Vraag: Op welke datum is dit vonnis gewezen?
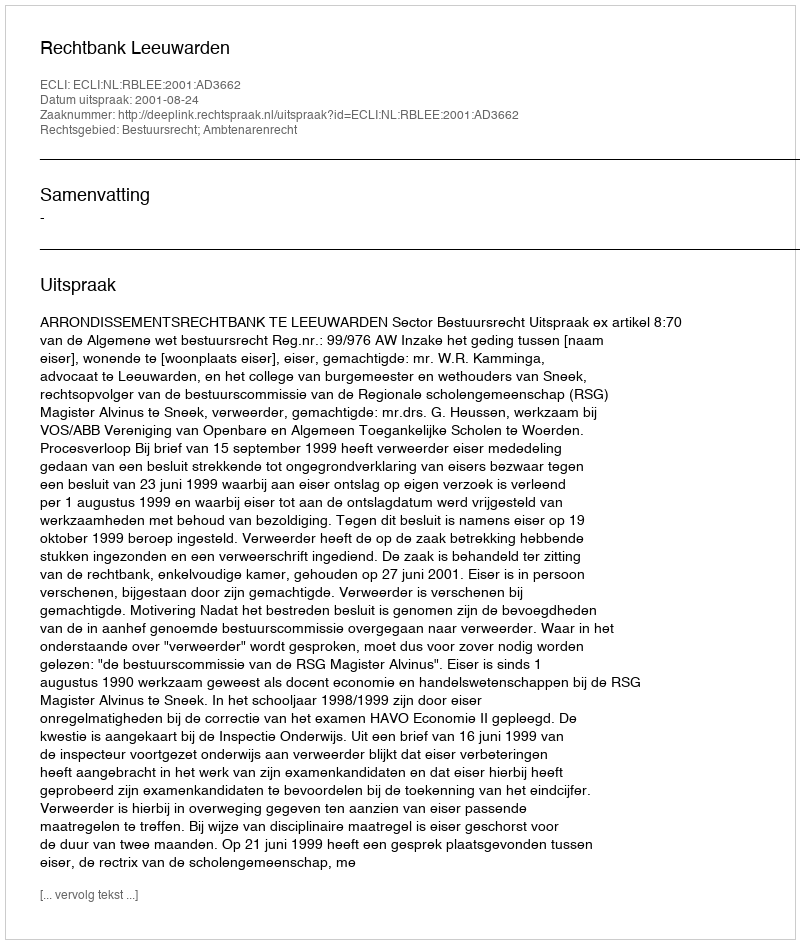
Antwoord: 2001-08-24